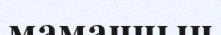
маманнын